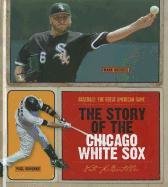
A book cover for The Story of the Chicago White Sox (Baseball: the Great American Game); Nate Leboutillier; Teen & Young Adult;